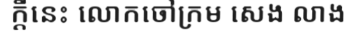
ក្តីនេះ លោកចៅក្រម សេង លាង